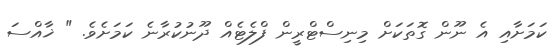
ކަމަށާއި އެ ނޫން ގޮތަކަށް މިނިސްޓްރީން ފްލެޓެއް ދޫނުކުރާނެ ކަމަށެވެ. " ޚާއްސަ